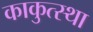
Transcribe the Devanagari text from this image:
काकुत्स्था